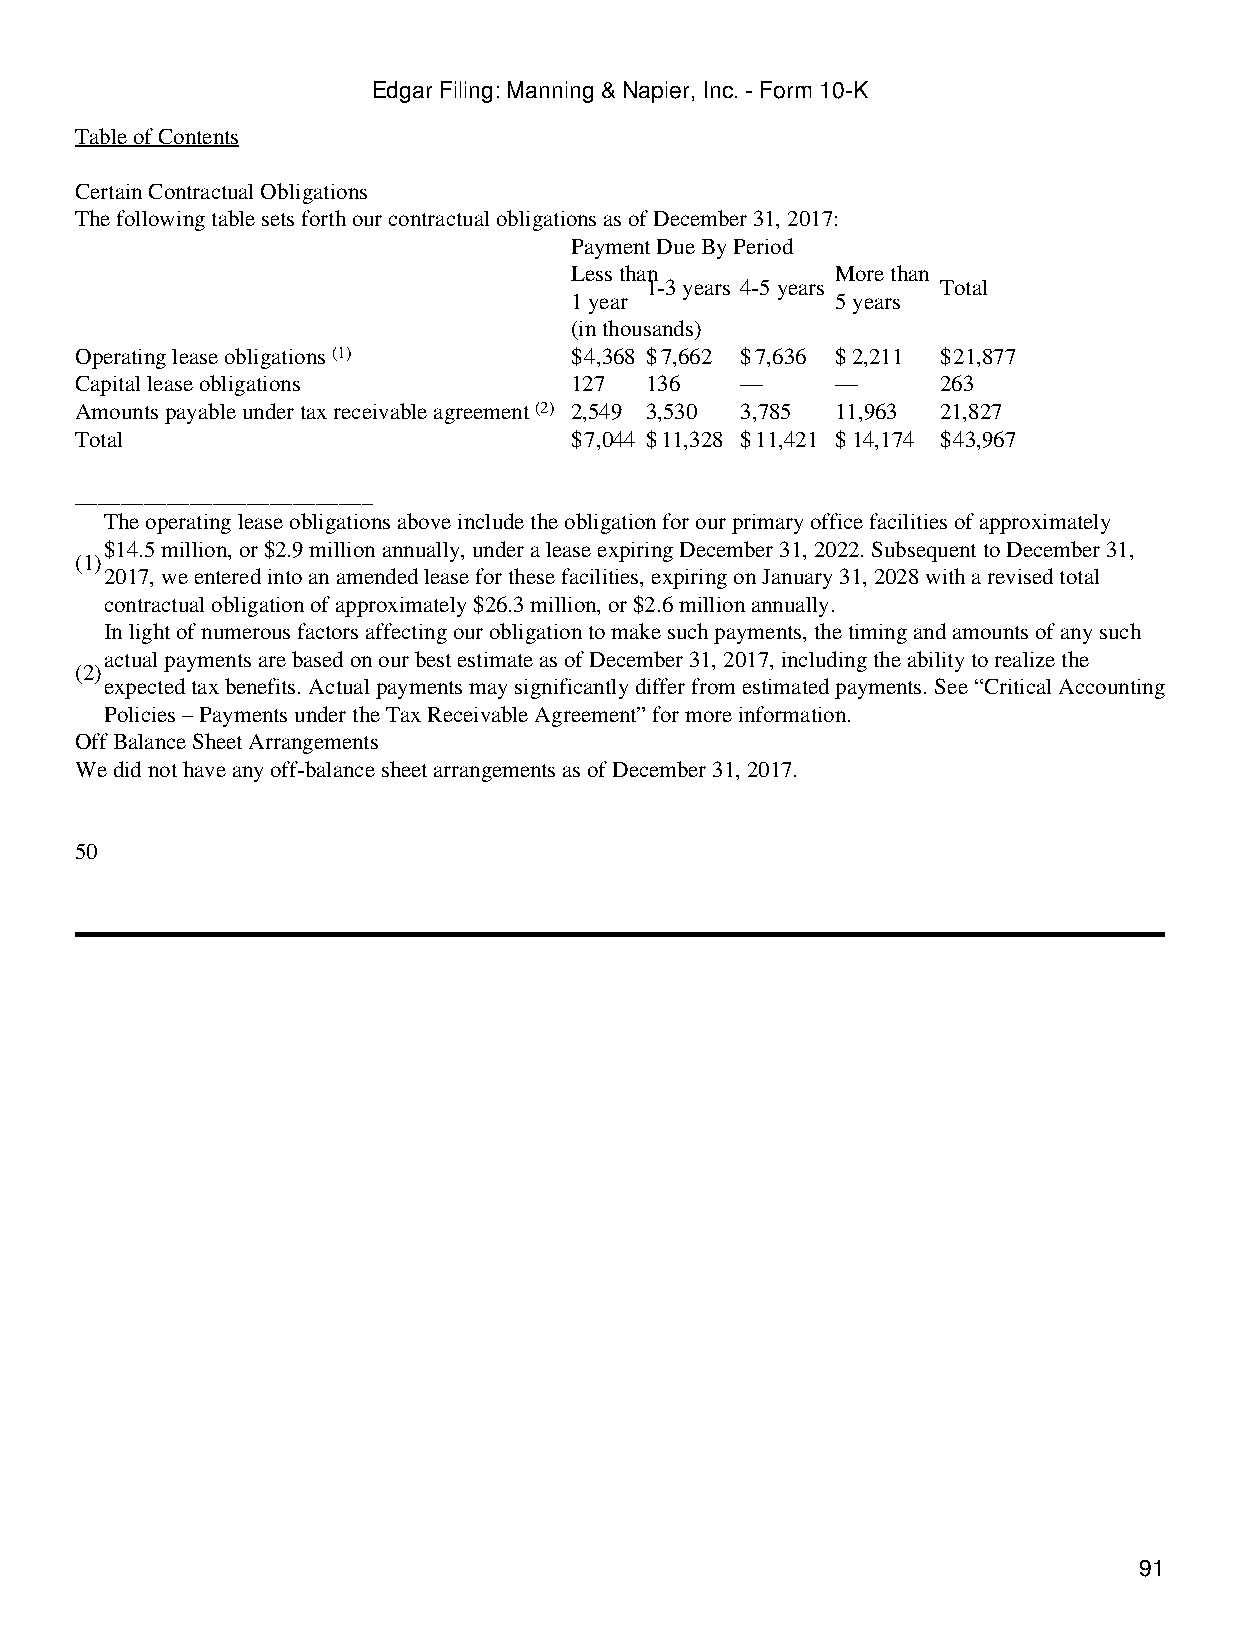
Edgar Filing: Manning & Napier, Inc. - Form 10-K
 Table of Contents
 Certain Contractual Obligations
 The following table sets forth our contractual obligations as of December 31, 2017:
 Payment Due By Period
 Less than        More than
 1-3 years 4-5 years Total
 1 year           5 years
 (in thousands)
 Operating lease obligations (1)  $4,368 $7,662 $7,636 $2,211 $21,877
 Capital lease obligations        127  136   —     —      263
 Amounts payable under tax receivable agreement (2) 2,549 3,530 3,785 11,963 21,827
 Total                            $7,044 $11,328 $11,421 $14,174 $43,967
 __________________________
 The operating lease obligations above include the obligation for our primary office facilities of approximately
 $14.5 million, or $2.9 million annually, under a lease expiring December 31, 2022. Subsequent to December 31,
 (1)
 2017, we entered into an amended lease for these facilities, expiring on January 31, 2028 with a revised total
 contractual obligation of approximately $26.3 million, or $2.6 million annually.
 In light of numerous factors affecting our obligation to make such payments, the timing and amounts of any such
 actual payments are based on our best estimate as of December 31, 2017, including the ability to realize the
 (2)
 expected tax benefits. Actual payments may significantly differ from estimated payments. See “Critical Accounting
 Policies – Payments under the Tax Receivable Agreement” for more information.
 Off Balance Sheet Arrangements
 We did not have any off-balance sheet arrangements as of December 31, 2017.
 50
 91